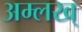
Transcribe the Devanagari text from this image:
अम्लख्